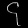
Digit: ၄